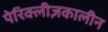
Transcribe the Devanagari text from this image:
पेरिक्लीज़कालीन